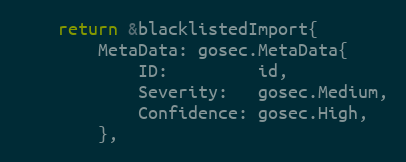
Language: Go
	return &blacklistedImport{
		MetaData: gosec.MetaData{
			ID:         id,
			Severity:   gosec.Medium,
			Confidence: gosec.High,
		},